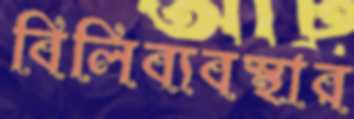
বিলিব্যবস্থার